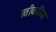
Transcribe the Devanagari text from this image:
प्रतीकविद्या